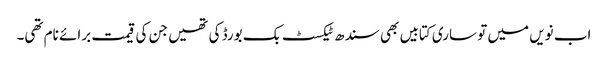
اب نویں میں تو ساری کتابیں بھی سندھ ٹیکسٹ بک بورڈ کی تھیں جن کی قیمت برائے نام تھی۔